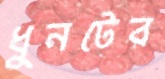
ধুনটের